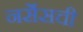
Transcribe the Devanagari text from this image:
नर्सेसची